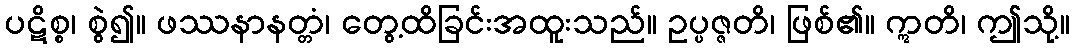
ပဋိစ္စ၊ စွဲ၍။ ဖဿနာနတ္တံ၊ တွေ့ထိခြင်းအထူးသည်။ ဥပ္ပဇ္ဇတိ၊ ဖြစ်၏။ ဣတိ၊ ဤသို့။